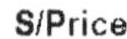
S/PRICE